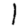
Digit: 1